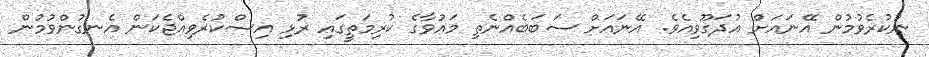
ނުކުރެވުމުން އޭނައަށް އުދަގޫވިއެވެ. އޭނައަށް ސަބަބެއްނެތި މައުވާގެ ކުރިމަތީގައި ރުޅި އިސްކުރެވިއްޖެކަން އެނގުންވުމުން